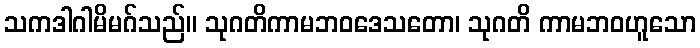
သကဒါဂါမိမဂ်သည်။ သုဂတိကာမဘဝဒေသတော၊ သုဂတိ ကာမဘဝဟူသော